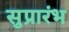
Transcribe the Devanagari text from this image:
सुप्रारंभ